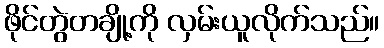
ဖိုင်တွဲတချို့ကို လှမ်းယူလိုက်သည်။